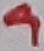
Text: 9